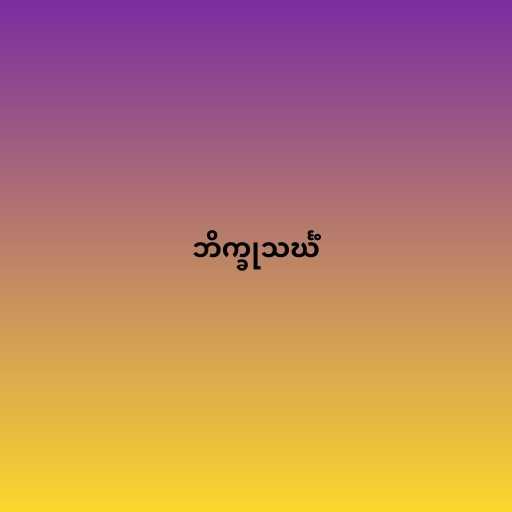
ဘိက္ခုသင်္ဃံ